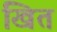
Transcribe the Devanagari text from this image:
खित